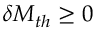
\delta M _ { t h } \ge 0